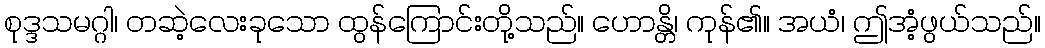
စုဒ္ဒသမဂ္ဂါ၊ တဆဲ့လေးခုသော ထွန်ကြောင်းတို့သည်။ ဟောန္တိ၊ ကုန်၏။ အယံ၊ ဤအံ့ဖွယ်သည်။